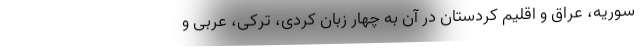
سوریه، عراق و اقلیم کردستان در آن به چهار زبان کُردی، ترکی، عربی و